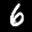
Label: 6